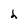
Character: h